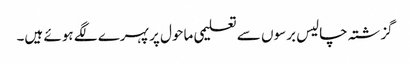
گزشتہ چالیس برسوں سے تعلیمی ماحول پر پہرے لگے ہوئے ہیں۔